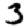
Digit: 3